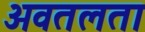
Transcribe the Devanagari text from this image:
अवतलता